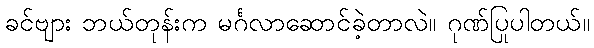
ခင်ဗျား ဘယ်တုန်းက မင်္ဂလာဆောင်ခဲ့တာလဲ။ ဂုဏ်ပြုပါတယ်။